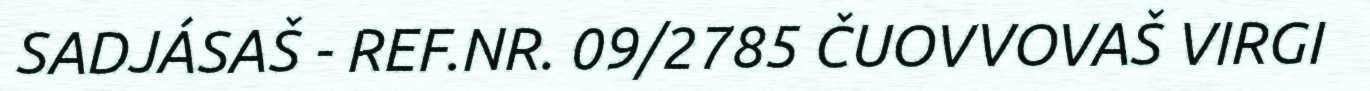
SADJÁSAŠ - REF.NR. 09/2785 ČUOVVOVAŠ VIRGI